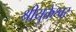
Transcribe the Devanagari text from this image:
श्रीयुक्तेश्वर